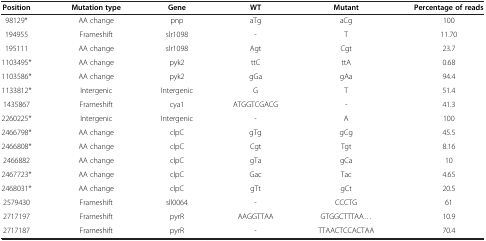
<table><thead><tr><td><b>Position</b></td><td><b>Mutation type</b></td><td><b>Gene</b></td><td><b>WT</b></td><td><b>Mutant</b></td><td><b>Percentage of reads</b></td></tr></thead><tbody><tr><td>98129*</td><td>AA change</td><td>pnp</td><td>aTg</td><td>aCg</td><td>100</td></tr><tr><td>194955</td><td>Frameshift</td><td>slr1098</td><td>-</td><td>T</td><td>11.70</td></tr><tr><td>195111</td><td>AA change</td><td>slr1098</td><td>Agt</td><td>Cgt</td><td>23.7</td></tr><tr><td>1103495*</td><td>AA change</td><td>pyk2</td><td>ttC</td><td>ttA</td><td>0.68</td></tr><tr><td>1103586*</td><td>AA change</td><td>pyk2</td><td>gGa</td><td>gAa</td><td>94.4</td></tr><tr><td>1133812*</td><td>Intergenic</td><td>Intergenic</td><td>G</td><td>T</td><td>51.4</td></tr><tr><td>1435867</td><td>Frameshift</td><td>cya1</td><td>ATGGTCGACG</td><td>-</td><td>41.3</td></tr><tr><td>2260225*</td><td>Intergenic</td><td>Intergenic</td><td>-</td><td>A</td><td>100</td></tr><tr><td>2466798*</td><td>AA change</td><td>clpC</td><td>gTg</td><td>gCg</td><td>45.5</td></tr><tr><td>2466808*</td><td>AA change</td><td>clpC</td><td>Cgt</td><td>Tgt</td><td>8.16</td></tr><tr><td>2466882</td><td>AA change</td><td>clpC</td><td>gTa</td><td>gCa</td><td>10</td></tr><tr><td>2467723*</td><td>AA change</td><td>clpC</td><td>Gac</td><td>Tac</td><td>4.65</td></tr><tr><td>2468031*</td><td>AA change</td><td>clpC</td><td>gTt</td><td>gCt</td><td>20.5</td></tr><tr><td>2579430</td><td>Frameshift</td><td>sll0064</td><td>-</td><td>CCCTG</td><td>61</td></tr><tr><td>2717197</td><td>Frameshift</td><td>pyrR</td><td>AAGGTTAA</td><td>GTGGCTTTAA...</td><td>10.9</td></tr><tr><td>2717187</td><td>Frameshift</td><td>pyrR</td><td>-</td><td>TTAACTCCACTAA</td><td>70.4</td></tr></tbody></table>